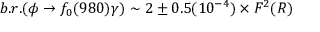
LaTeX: b . r . ( \phi \to f _ { 0 } ( 9 8 0 ) \gamma ) \sim 2 \pm 0 . 5 ( 1 0 ^ { - 4 } ) \times F ^ { 2 } ( R )